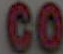
CO